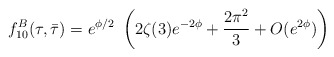
\begin{align*}f_{10}^B(\tau,\bar\tau)= e^{\phi/2}~\left( 2\zeta(3) e^{-2\phi} + \frac{2\pi^2}{3} + O(e^{2\phi}) \right)\end{align*}